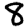
Digit: 8